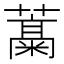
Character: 𬞹